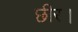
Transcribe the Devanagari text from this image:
छीर।